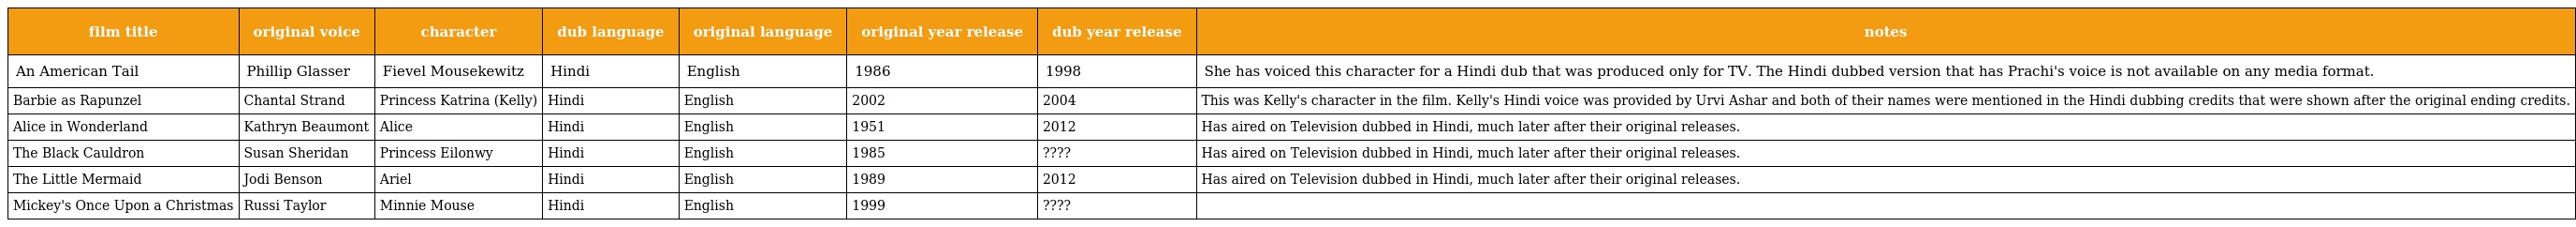
| film title | original voice | character | dub language | original language | original year release | dub year release | notes |
 | --- | --- | --- | --- | --- | --- | --- | --- |
 | An American Tail | Phillip Glasser | Fievel Mousekewitz | Hindi | English | 1986 | 1998 | She has voiced this character for a Hindi dub that was produced only for TV. The Hindi dubbed version that has Prachi's voice is not available on any media format. |
 | Barbie as Rapunzel | Chantal Strand | Princess Katrina (Kelly) | Hindi | English | 2002 | 2004 | This was Kelly's character in the film. Kelly's Hindi voice was provided by Urvi Ashar and both of their names were mentioned in the Hindi dubbing credits that were shown after the original ending credits. |
 | Alice in Wonderland | Kathryn Beaumont | Alice | Hindi | English | 1951 | 2012 | Has aired on Television dubbed in Hindi, much later after their original releases. |
 | The Black Cauldron | Susan Sheridan | Princess Eilonwy | Hindi | English | 1985 | ???? | Has aired on Television dubbed in Hindi, much later after their original releases. |
 | The Little Mermaid | Jodi Benson | Ariel | Hindi | English | 1989 | 2012 | Has aired on Television dubbed in Hindi, much later after their original releases. |
 | Mickey's Once Upon a Christmas | Russi Taylor | Minnie Mouse | Hindi | English | 1999 | ???? |  |